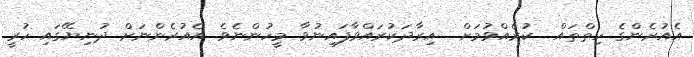
އެއުރެންގެ ހިތްތައް  ކުރެއްވުމަށް  އިރާދަކުރައްވާފައިނުވާ މީހުންނެވެ. އެއުރެންނަށް ދުނިޔޭގައި ހުރީ